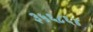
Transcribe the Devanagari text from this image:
३५६८६४